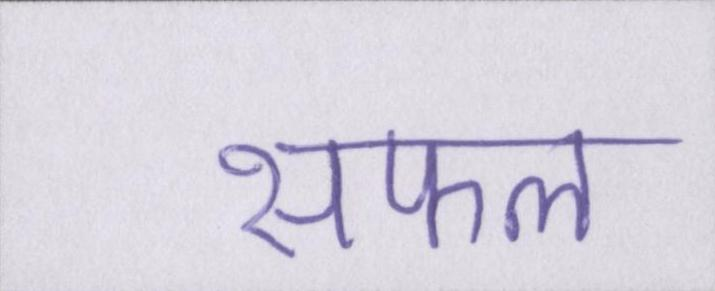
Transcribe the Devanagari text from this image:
सफल